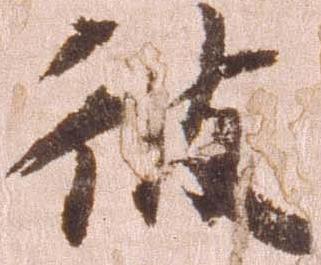
彼